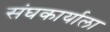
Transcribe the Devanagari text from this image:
संघकार्याला